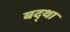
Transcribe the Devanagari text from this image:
बद्था